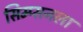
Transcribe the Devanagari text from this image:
सिम्प्सनला